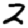
Digit: 2